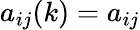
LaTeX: a_{ij}(k)=a_{ij}